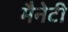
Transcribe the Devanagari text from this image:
मैनेटी